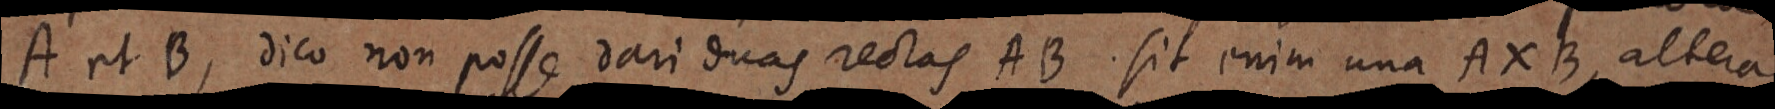
A et B, dico non posse dari duas rectas AB. sit enim una AXB, altera